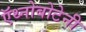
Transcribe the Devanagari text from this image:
ऍथ्नोबोटेनी